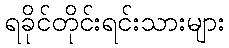
ရခိုင်တိုင်းရင်းသားများ